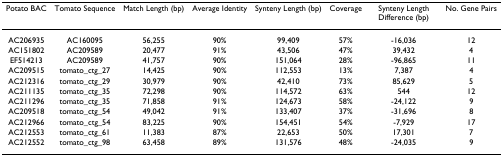
| Potato BAC | Tomato Sequence | Match Length (bp) | Average Identity | Synteny Length (bp) | Coverage | Synteny Length Difference (bp) | No. Gene Pairs |
 | --- | --- | --- | --- | --- | --- | --- | --- |
 | AC206935 | AC160095 | 56,255 | 90% | 99,409 | 57% | -16,036 | 12 |
 | AC151802 | AC209589 | 20,477 | 91% | 43,506 | 47% | 39,432 | 4 |
 | EF514213 | AC209589 | 41,757 | 90% | 151,064 | 28% | -96,865 | 11 |
 | AC209515 | tomato_ctg_27 | 14,425 | 90% | 112,553 | 13% | 7,387 | 4 |
 | AC212316 | tomato_ctg_29 | 30,979 | 90% | 42,410 | 73% | 85,629 | 5 |
 | AC211135 | tomato_ctg_35 | 72,298 | 90% | 114,572 | 63% | 544 | 12 |
 | AC211296 | tomato_ctg_35 | 71,858 | 91% | 124,673 | 58% | -24,122 | 9 |
 | AC209518 | tomato_ctg_54 | 49,042 | 91% | 133,407 | 37% | -31,696 | 8 |
 | AC212966 | tomato_ctg_54 | 83,225 | 90% | 154,451 | 54% | -7,929 | 17 |
 | AC212553 | tomato_ctg_61 | 11,383 | 87% | 22,653 | 50% | 17,301 | 7 |
 | AC212552 | tomato_ctg_98 | 63,458 | 89% | 131,576 | 48% | -24,035 | 9 |